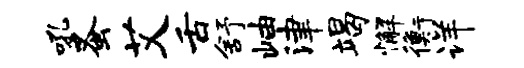
吼蚤艾舌舒岫津竭懈衡详